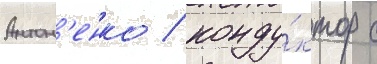
Антон'енко / конду́ктор с